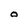
Character: O